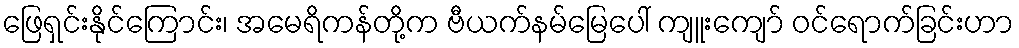
ဖြေရှင်းနိုင်ကြောင်း၊ အမေရိကန်တို့က ဗီယက်နမ်မြေပေါ် ကျူးကျော် ဝင်ရောက်ခြင်းဟာ